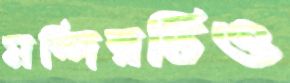
মন্দিরটিও